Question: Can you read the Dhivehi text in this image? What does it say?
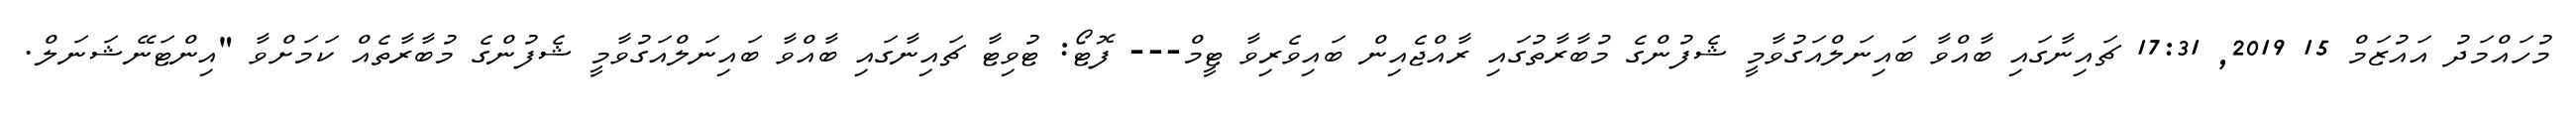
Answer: މުހައްމަދު އައުޒަމް 15 2019, 17:31 ޗައިނާގައި ބާއްވާ ބައިނަލްއަގުވާމީ ޝެފުންގެ މުބާރާތުގައި ރާއްޖެއިން ބައިވެރިވާ ޓީމް--- ފޮޓޯ: ޓުވިޓާ ޗައިނާގައި ބާއްވާ ބައިނަލްއަގުވާމީ ޝެފުންގެ މުބާރާތެއް ކަމަށްވާ "އިންޓަނޭޝަނަލް.